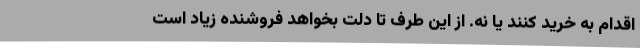
اقدام به خرید کنند یا نه. از این طرف تا دلت بخواهد فروشنده زیاد است